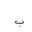
Letter: _ba